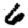
Digit: 6